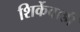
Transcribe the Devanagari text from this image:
शिर्केवाडी